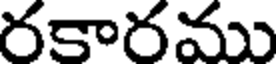
రకారము